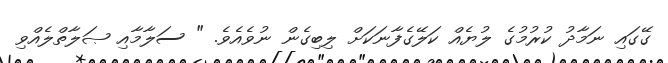
ގޭގައި ނަމާދު ކުރުމުގެ ލުޔެއް ކަލޭގެފާނަކަށް ލިބިގެން ނުވެއެވެ. " ސަލާމާއި ޞަލާތްލެއްވި